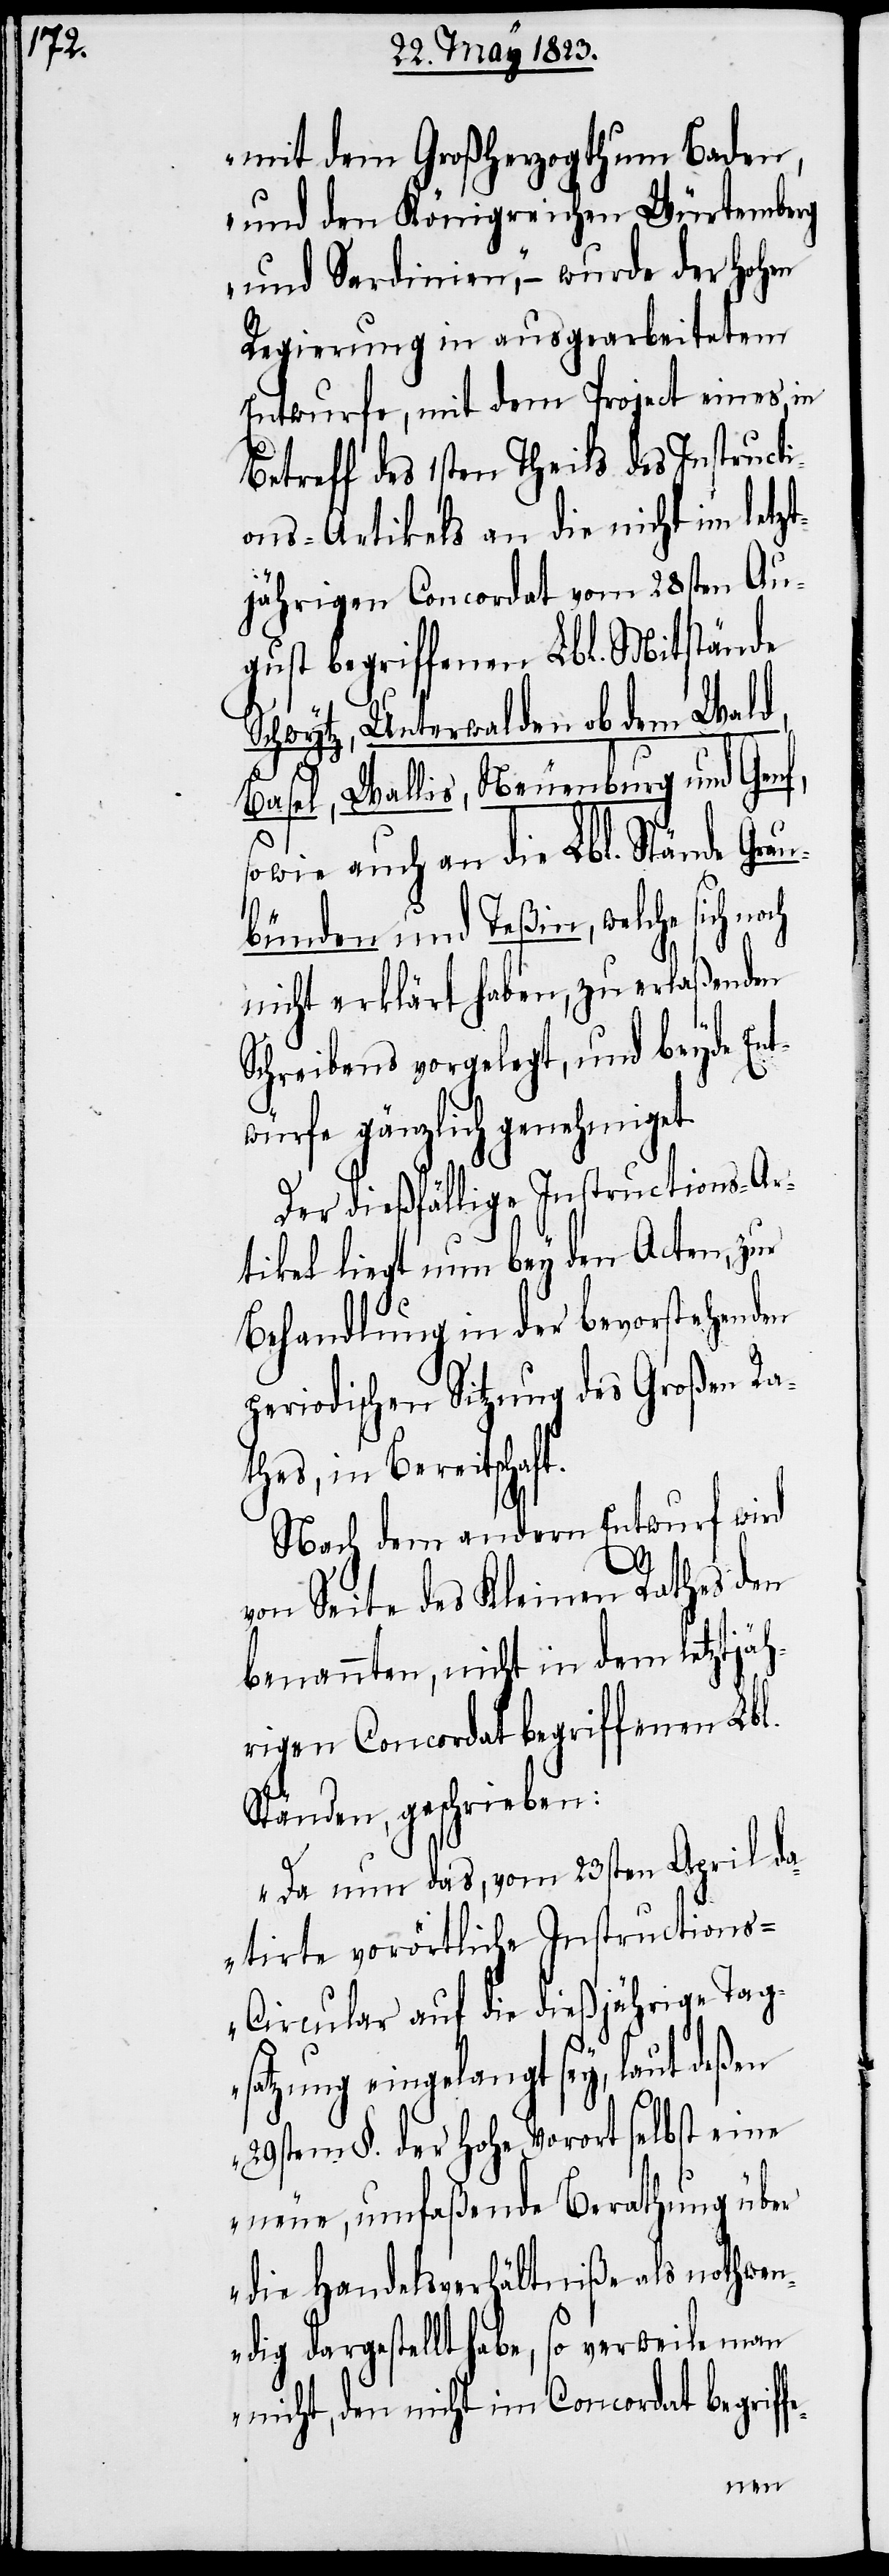
fe-

mit dem Großherzogthum Baden,
und den Königreichen Würtemberg
und Sardinien,“ – wurde der hohen
Regierung in ausgearbeitetem
Entwurfe, mit dem Project eines, in
Betreff des 1sten Theils des Instructi¬
ons-Artikels an die nicht im letzt¬
jährigen Concordat vom 28sten Au¬
gust begriffenen Lbl. Mitstände
Schwytz, Unterwalden ob dem Wald,
Basel, Wallis, Neuenburg und Genf,
sowie auch an die Lbl. Stände Grau¬
bünden und Teßin, welche sich
nicht erklärt haben, zu erlaßenden
Schreibens vorgelegt, und beyde Ent¬
würfe gänzlich genehmiget.
Der dießfällige Instructions-Ar¬
tikel liegt nun bey den Acten, zur
Behandlung in der bevorstehenden
periodischen Sitzung des Großen Ra¬
thes, in Bereitschaf¬
Nach dem andern Entwurf wird
von Seite des Kleinen Rathes den
benannten, nicht in dem letztjäh¬
rigen Concordat begriffenen Lbl.
Ständen, geschrieben:
„Da nun das, vom 23sten April da¬
tirte vorörtliche Instruction¬
s-Circular auf die dießjährige Tag¬
satzung eingelangt sey, laut deßen
29stem §. der hohe Vorort selbst eine
neue, umfaßende Berathung über
die Handelsverhältniße als nothwen¬
dig dargestellt habe, so verweile man
nicht, den nicht im Concordat begrif¬